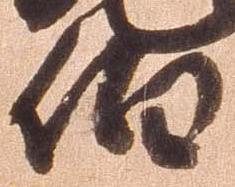
伯